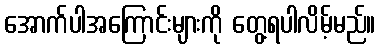
အောက်ပါအကြောင်းများကို တွေ့ရပါလိမ့်မည်။